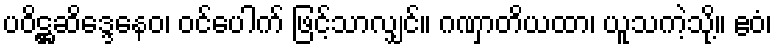
ပဝိဋ္ဌဆိဒ္ဒေနေဝ၊ ဝင်ပေါက် ဖြင့်သာလျှင်။ ဂဏှာတိယထာ၊ ယူသကဲ့သို့။ ဧဝံ၊